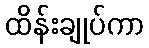
ထိန်းချုပ်ကာ